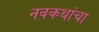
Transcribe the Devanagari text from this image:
नवकथांचा